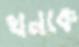
খনকে